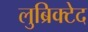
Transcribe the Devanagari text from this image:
लुब्रिक्टेद